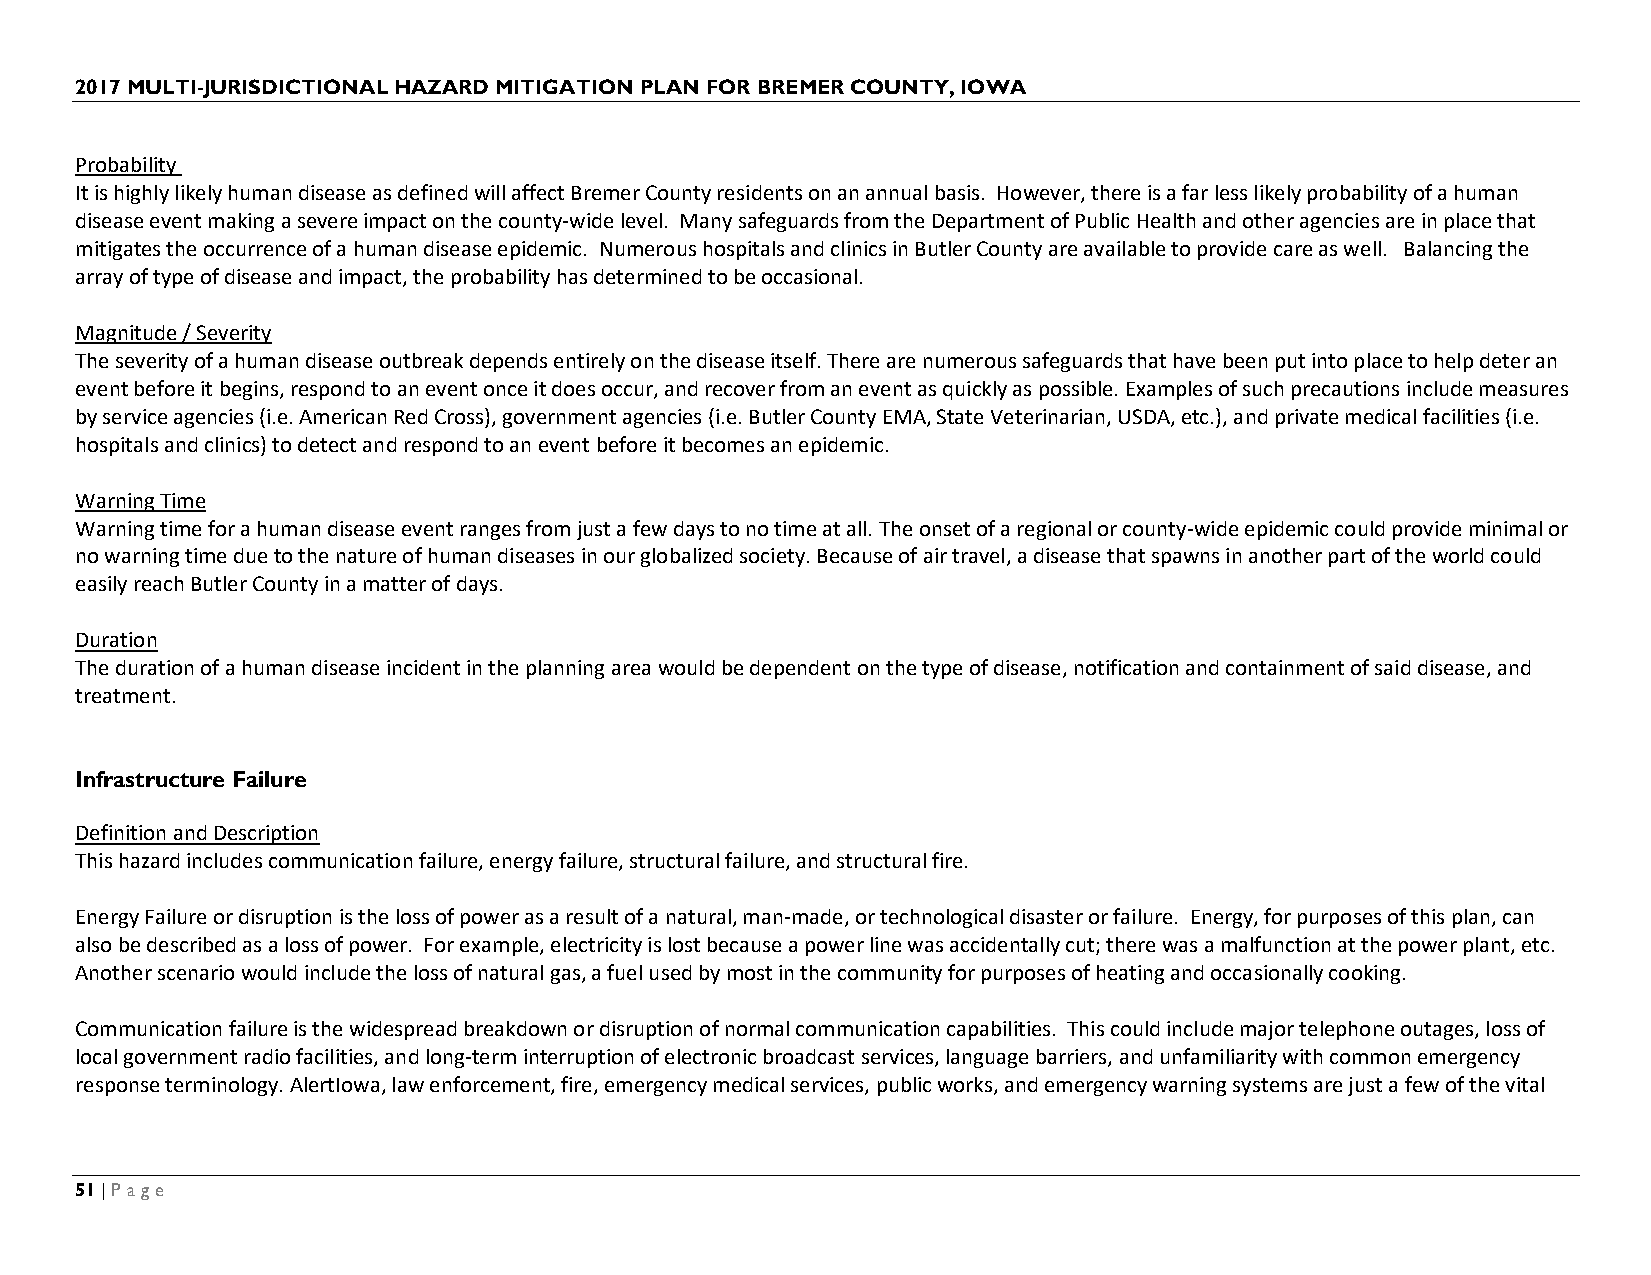
2017 MULTI-JURISDICTIONAL HAZARD MITIGATION PLAN FOR BREMER COUNTY, IOWA
 Probability
 It is highly likely human disease as defined will affect Bremer County residents on an annual basis. However, there is a far less likely probability of a human
 disease event making a severe impact on the county-wide level. Many safeguards from the Department of Public Health and other agencies are in place that
 mitigates the occurrence of a human disease epidemic. Numerous hospitals and clinics in Butler County are available to provide care as well. Balancing the
 array of type of disease and impact, the probability has determined to be occasional.
 Magnitude / Severity
 The severity of a human disease outbreak depends entirely on the disease itself. There are numerous safeguards that have been put into place to help deter an
 event before it begins, respond to an event once it does occur, and recover from an event as quickly as possible. Examples of such precautions include measures
 by service agencies (i.e. American Red Cross), government agencies (i.e. Butler County EMA, State Veterinarian, USDA, etc.), and private medical facilities (i.e.
 hospitals and clinics) to detect and respond to an event before it becomes an epidemic.
 Warning Time
 Warning time for a human disease event ranges from just a few days to no time at all. The onset of a regional or county-wide epidemic could provide minimal or
 no warning time due to the nature of human diseases in our globalized society. Because of air travel, a disease that spawns in another part of the world could
 easily reach Butler County in a matter of days.
 Duration
 The duration of a human disease incident in the planning area would be dependent on the type of disease, notification and containment of said disease, and
 treatment.
 Infrastructure Failure
 Definition and Description
 This hazard includes communication failure, energy failure, structural failure, and structural fire.
 Energy Failure or disruption is the loss of power as a result of a natural, man-made, or technological disaster or failure. Energy, for purposes of this plan, can
 also be described as a loss of power. For example, electricity is lost because a power line was accidentally cut; there was a malfunction at the power plant, etc.
 Another scenario would include the loss of natural gas, a fuel used by most in the community for purposes of heating and occasionally cooking.
 Communication failure is the widespread breakdown or disruption of normal communication capabilities. This could include major telephone outages, loss of
 local government radio facilities, and long-term interruption of electronic broadcast services, language barriers, and unfamiliarity with common emergency
 response terminology. AlertIowa, law enforcement, fire, emergency medical services, public works, and emergency warning systems are just a few of the vital
 51 | Page